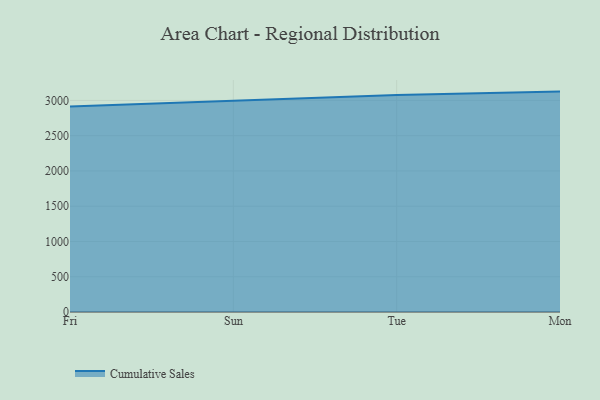
{"axis": {"x": "Day", "y": "Production Output"}, "legend": ["Cumulative Sales"], "data": [{"x": "Fri", "y": 2913.3, "type": "Cumulative Sales"}, {"x": "Sun", "y": 2990.3, "type": "Cumulative Sales"}, {"x": "Tue", "y": 3077.9, "type": "Cumulative Sales"}, {"x": "Mon", "y": 3124.8, "type": "Cumulative Sales"}]}